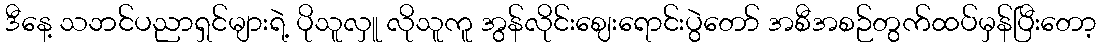
ဒီနေ့ သဘင်ပညာရှင်များရဲ့ ပိုသူလှူ လိုသူကူ အွန်လိုင်းဈေးရောင်းပွဲတော် အစီအစဉ်တွက်ထပ်မှန်ပြီးတော့